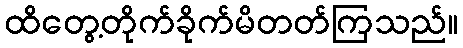
ထိတွေ့တိုက်ခိုက်မိတတ်ကြသည်။